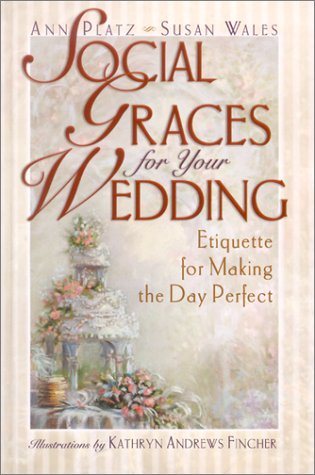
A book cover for Social Graces for Your Wedding; Ann Platz; Crafts, Hobbies & Home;